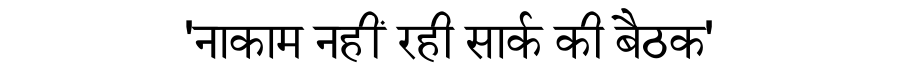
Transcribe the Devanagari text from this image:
'नाकाम नहीं रही सार्क की बैठक'